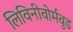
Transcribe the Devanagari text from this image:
लिविनीवोर्मवुड